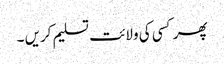
پھر کسی کی ولائت تسلیم کریں ۔